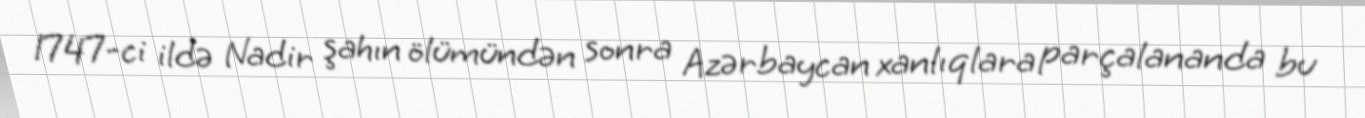
1747-ci ildə Nadir şahın ölümündən sonra Azərbaycan xanlıqlara parçalananda bu